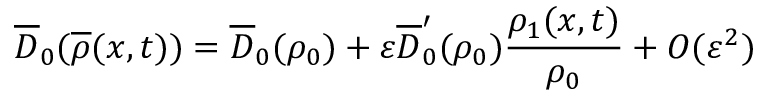
\overline { { D } } _ { 0 } ( \overline { { \rho } } ( x , t ) ) = \overline { { D } } _ { 0 } ( \rho _ { 0 } ) + \varepsilon \overline { { D } } _ { 0 } ^ { \prime } ( \rho _ { 0 } ) \frac { \rho _ { 1 } ( x , t ) } { \rho _ { 0 } } + O ( \varepsilon ^ { 2 } )